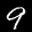
Label: 9